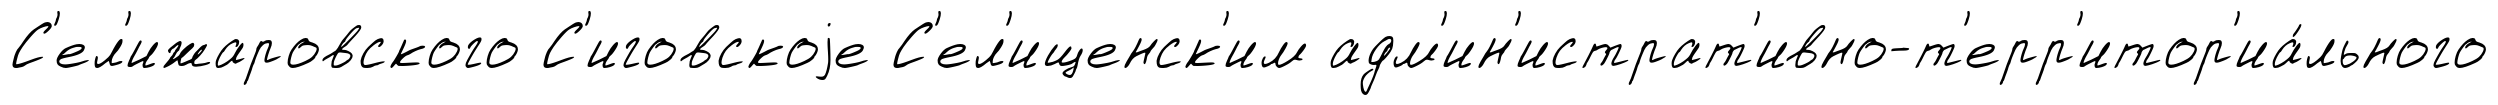
С'ел'ижаровского С'иговскоjе С'ел'ищенск'им адм'ин'истрат'ивно-т'ерр'итор'иа́льного